Indian journal of veterinary science and animal husbandry - Volume 11,
Year: 1941
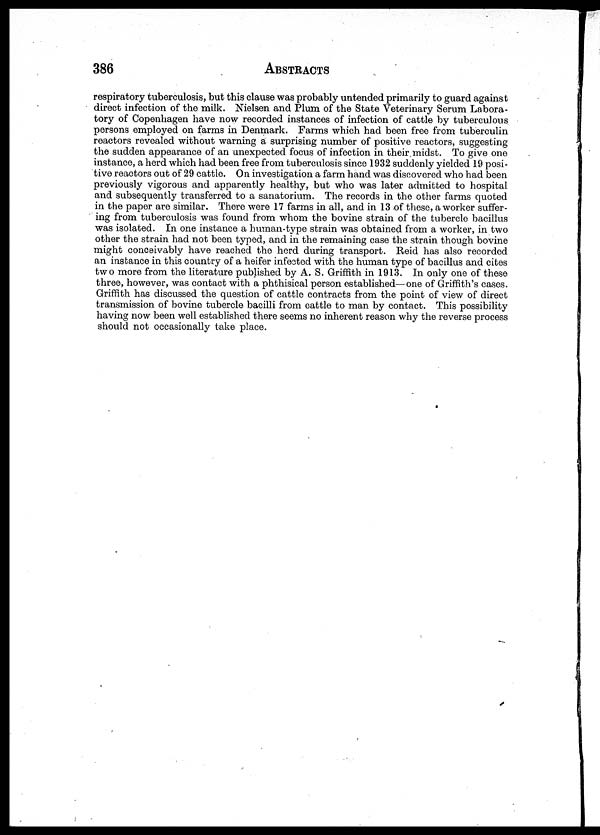
386 ABSTRACTS
respiratory tuberculosis, but this clause was probably untended primarily to guard against
direct infection of the milk. Nielsen and Plum of the State Veterinary Serum Labora-
tory of Copenhagen have now recorded instances of infection of cattle by tuberculous
persons employed on farms in Denmark. Farms which had been free from tuberculin
reactors revealed without warning a surprising number of positive reactors, suggesting
the sudden appearance of an unexpected focus of infection in their midst. To give one
instance, a herd which had been free from tuberculosis since 1932 suddenly yielded 19 posi-
tive reactors out of 29 cattle. On investigation a farm hand was discovered who had been
previously vigorous and apparently healthy, but who was later admitted to hospital
and subsequently transferred to a sanatorium. The records in the other farms quoted
in the paper are similar. There were 17 farms in all, and in 13 of these, a worker suffer-
ing from tuberculosis was found from whom the bovine strain of the tubercle bacillus
was isolated. In one instance a human-type strain was obtained from a worker, in two
other the strain had not been typed, and in the remaining case the strain though bovine
might conceivably have reached the herd during transport. Reid has also recorded
an instance in this country of a heifer infected with the human type of bacillus and cites
two more from the literature published by A. S. Griffith in 1913. In only one of these
three, however, was contact with a phthisical person established—one of Griffith's cases.
Griffith has discussed the question of cattle contracts from the point of view of direct
transmission of bovine tubercle bacilli from cattle to man by contact. This possibility
having now been well established there seems no inherent reason why the reverse process
should not occasionally take place.